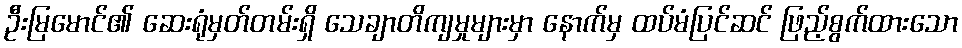
ဦးမြမောင်၏ ဆေးရုံမှတ်တမ်းရှိ သေချာတိကျမှုများမှာ နောက်မှ ထပ်မံပြင်ဆင် ဖြည့်စွက်ထားသော